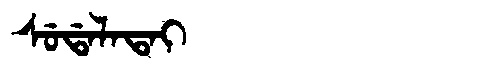
Manchu: ᠰᡠᡩᠠᠯᠠᡨᠠᡳ
Romanization: SUDALATAI